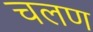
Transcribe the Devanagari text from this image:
चलण